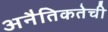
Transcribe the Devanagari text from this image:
अनैतिकतेची